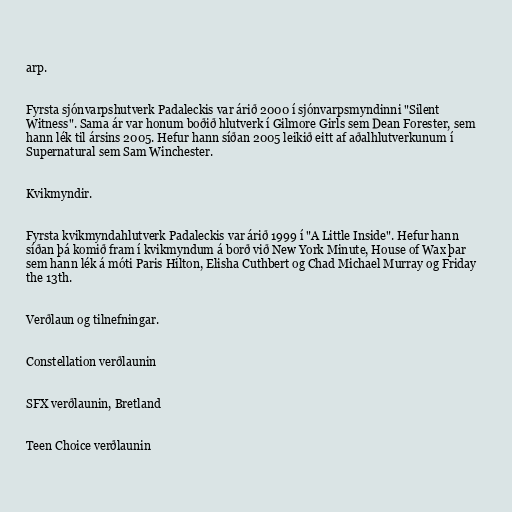
arp.

Fyrsta sjónvarpshutverk Padaleckis var árið 2000 í sjónvarpsmyndinni "Silent
Witness". Sama ár var honum boðið hlutverk í Gilmore Girls sem Dean Forester, sem
hann lék til ársins 2005. Hefur hann síðan 2005 leikið eitt af aðalhlutverkunum í
Supernatural sem Sam Winchester.

Kvikmyndir.

Fyrsta kvikmyndahlutverk Padaleckis var árið 1999 í "A Little Inside". Hefur hann
síðan þá komið fram í kvikmyndum á borð við New York Minute, House of Wax þar
sem hann lék á móti Paris Hilton, Elisha Cuthbert og Chad Michael Murray og Friday
the 13th.

Verðlaun og tilnefningar.

Constellation verðlaunin

SFX verðlaunin, Bretland

Teen Choice verðlaunin